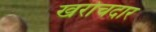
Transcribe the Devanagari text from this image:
खरोचदार